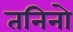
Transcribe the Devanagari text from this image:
तनिनो